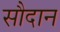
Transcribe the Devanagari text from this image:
सौदान